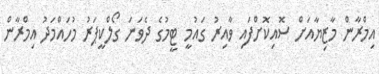
އިމްރާން މާޒިޔާއަށް ސޮއިކޮށްފައި ވާއިރު ގައުމީ ޓީމުގެ ދެވަނަ ގޯލްކީޕަރު މުހައްމަދު އިމްރާން